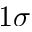
1 \sigma